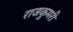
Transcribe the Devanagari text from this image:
राजकुमरी